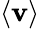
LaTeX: \langle\mathbf{v}\rangle